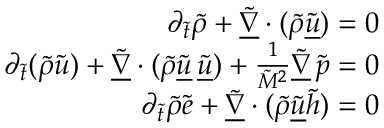
\begin{array} { r } { \partial _ { \tilde { t } } \tilde { \rho } + \underline { { \tilde { \nabla } } } \cdot ( \tilde { \rho } \underline { { \tilde { u } } } ) = 0 } \\ { \partial _ { \tilde { t } } ( \tilde { \rho } \tilde { u } ) + \underline { { \tilde { \nabla } } } \cdot ( \tilde { \rho } \underline { { \tilde { u } } } \, \underline { { \tilde { u } } } ) + \frac { 1 } { \tilde { M } ^ { 2 } } \underline { { \tilde { \nabla } } } \, \tilde { p } = 0 } \\ { \partial _ { \tilde { t } } \tilde { \rho } \tilde { e } + \underline { { \tilde { \nabla } } } \cdot ( \tilde { \rho } \underline { { \tilde { u } } } \tilde { h } ) = 0 } \end{array}